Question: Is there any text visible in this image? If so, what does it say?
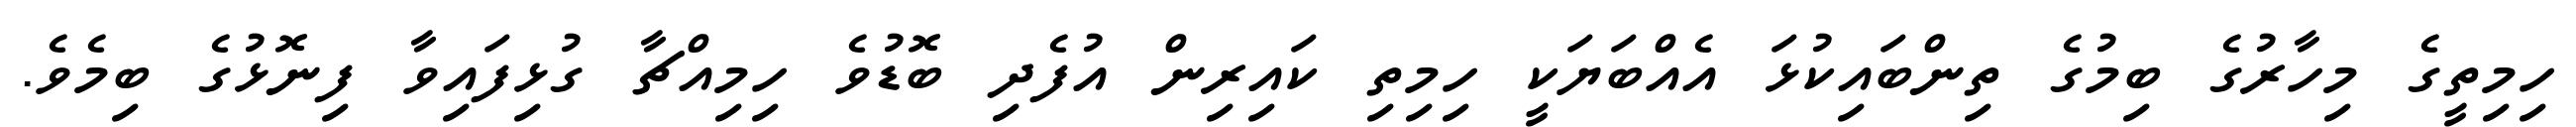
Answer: ހިމިތީގެ މިހާރުގެ ބިމުގެ ތިންބައިކުޅަ އެއްބަޔަކީ ހިމިތި ކައިރިން އުފެދި ބޮޑުވެ ހިމިއްޗާ ގުޅިފައިވާ ފިނޮޅުގެ ބިމެވެ.